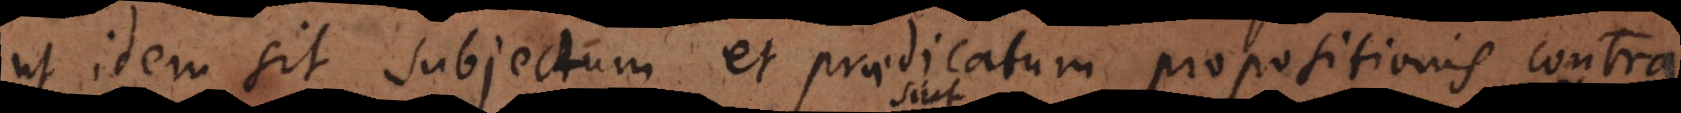
ut idem sit subjectum et praedicatum propositionis contrad